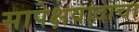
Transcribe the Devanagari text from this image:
सापेक्षवादाचा